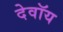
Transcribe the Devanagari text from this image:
देवॉय